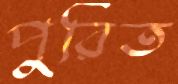
পুরিত